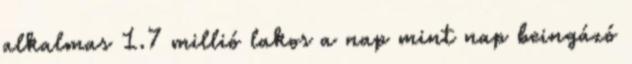
alkalmas 1.7 millió lakos a nap mint nap beingázó